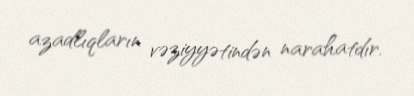
azadlıqların vəziyyətindən narahatdır.